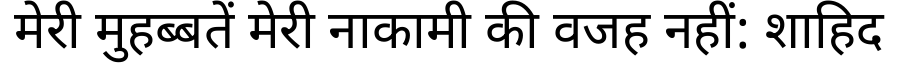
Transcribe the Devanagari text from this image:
मेरी मुहब्बतें मेरी नाकामी की वजह नहीं: शाहिद